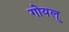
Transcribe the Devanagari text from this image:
गोयल्